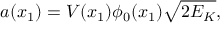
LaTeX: a ( x _ { 1 } ) = V ( x _ { 1 } ) \phi _ { 0 } ( x _ { 1 } ) \sqrt { 2 E _ { K } } ,